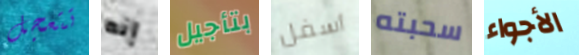
تتعجل إنه بتأجيل أسفل سحبته الأجواء